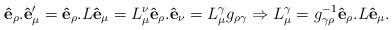
LaTeX: \begin{align*}{\bf\hat{e}_{\rho}.\hat{e}'_{\mu}}={\bf\hat{e}_{\rho}.}L{\bf\hat{e}_{\mu}}=L^{\nu}_{\mu}{\bf\hat{e}_{\rho}.\hat{e}_{\nu}}=L^{\gamma}_{\mu}g_{\rho\gamma}\Rightarrow{L}^{\gamma}_{\mu}=g^{-1}_{\gamma\rho}{\bf\hat{e}_{\rho}.}L{\bf\hat{e}_{\mu}}.\end{align*}